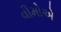
વીમોએ